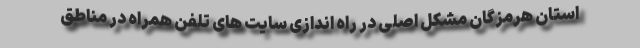
استان هرمزگان مشکل اصلی در راه اندازی سایت های تلفن همراه در مناطق